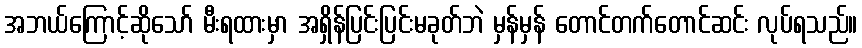
အဘယ်ကြောင့်ဆိုသော် မီးရထားမှာ အရှိန်ပြင်းပြင်းမခုတ်ဘဲ မှန်မှန် တောင်တက်တောင်ဆင်း လုပ်ရသည်။